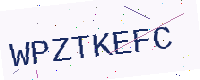
Text: WPZTKEFC